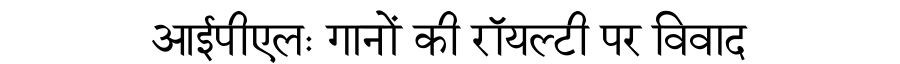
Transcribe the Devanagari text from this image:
आईपीएलः गानों की रॉयल्टी पर विवाद